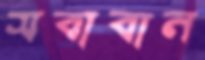
সবাবান